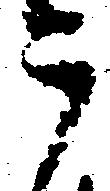
う